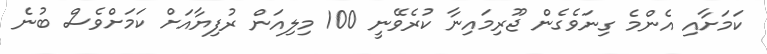
ކަމަށާއި އެންމެ ގިނަވެގެން ޖޫރިމައިނާ ކުރެވޭނީ 100 މިލިއަން ރުފިޔާއަށް ކަމަށްވެސް ބުނެ